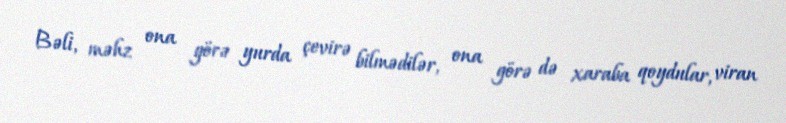
Bəli, məhz ona görə yurda çevirə bilmədilər, ona görə də xaraba qoydular, viran